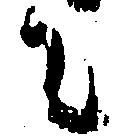
に